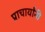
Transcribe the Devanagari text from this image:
प्राचार्यांनी